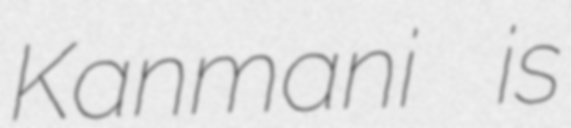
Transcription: Kanmani is